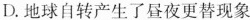
D.地球自转产生了昼夜更替现象